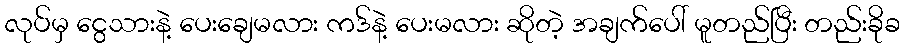
လုပ်မှ ငွေသားနဲ့ ပေးချေမလား ကဒ်နဲ့ ပေးမလား ဆိုတဲ့ အချက်ပေါ် မူတည်ပြီး တည်းခိုခ